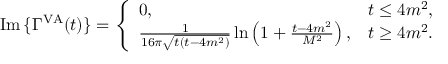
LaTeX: \mathrm { I m } \, \{ \Gamma ^ { \mathrm { V A } } ( t ) \} = \left\{ \begin{array} { l l } { { 0 , } } & { { t \leq 4 m ^ { 2 } , } } \\ { { \frac { 1 } { 1 6 \pi \sqrt { t ( t - 4 m ^ { 2 } ) } } \ln \left( 1 + \frac { t - 4 m ^ { 2 } } { M ^ { 2 } } \right) , } } & { { t \geq 4 m ^ { 2 } . } } \end{array} \right.